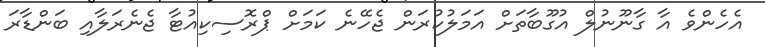
އެހެންވެ އާ ގާނޫނުލް އުގޫބާތަށް އަމަލުކުރަން ޖެހޭނެ ކަމަށް ޕްރޮސިކިއުޓާ ޖެނެރަލާއި ބަންޑާރަ